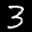
Label: 3